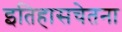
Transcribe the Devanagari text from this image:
इतिहासचेतना